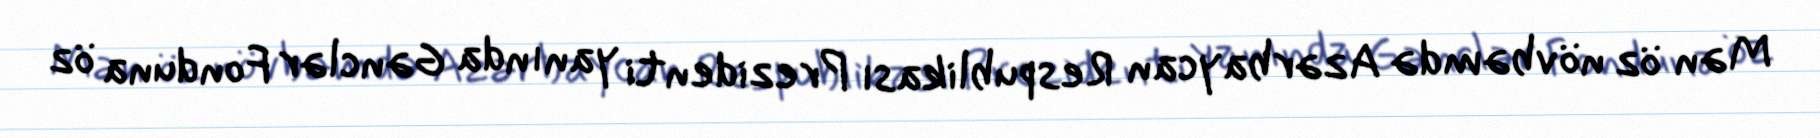
Mən öz növbəmdə Azərbaycan Respublikası Prezidenti yanında Gənclər Fonduna öz